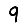
Digit: 9